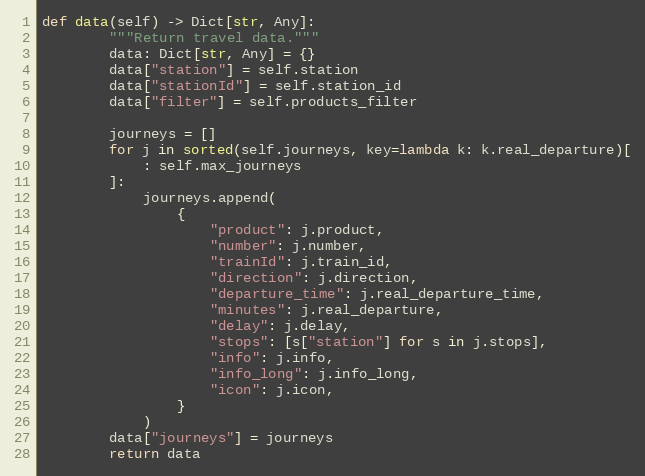
Language: Python
def data(self) -> Dict[str, Any]:
        """Return travel data."""
        data: Dict[str, Any] = {}
        data["station"] = self.station
        data["stationId"] = self.station_id
        data["filter"] = self.products_filter

        journeys = []
        for j in sorted(self.journeys, key=lambda k: k.real_departure)[
            : self.max_journeys
        ]:
            journeys.append(
                {
                    "product": j.product,
                    "number": j.number,
                    "trainId": j.train_id,
                    "direction": j.direction,
                    "departure_time": j.real_departure_time,
                    "minutes": j.real_departure,
                    "delay": j.delay,
                    "stops": [s["station"] for s in j.stops],
                    "info": j.info,
                    "info_long": j.info_long,
                    "icon": j.icon,
                }
            )
        data["journeys"] = journeys
        return data